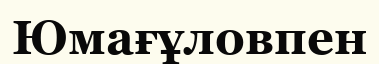
Юмағұловпен